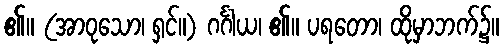
၏။ (အာဝုသော၊ ရှင်။) ဂင်္ဂါယ၊ ၏။ ပရတော၊ ထိုမှာဘက်၌။